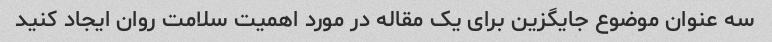
سه عنوان موضوع جایگزین برای یک مقاله در مورد اهمیت سلامت روان ایجاد کنید